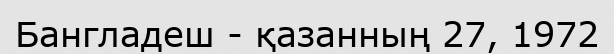
Бангладеш - қазанның 27, 1972